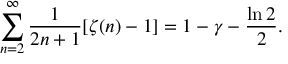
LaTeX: \sum _ { n = 2 } ^ { \infty } { \frac { 1 } { 2 n + 1 } } [ \zeta ( n ) - 1 ] = 1 - \gamma - { \frac { \ln 2 } { 2 } } .